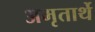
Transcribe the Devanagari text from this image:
अमृतार्थे